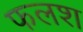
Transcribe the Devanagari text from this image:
फलश